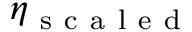
\eta _ { \mathrm { ~ s ~ c ~ a ~ l ~ e ~ d ~ } }